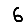
Digit: 6